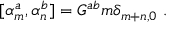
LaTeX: \qquad [ \alpha _ { m } ^ { a } , \alpha _ { n } ^ { b } ] = G ^ { a b } m \delta _ { m + n , 0 } \ .